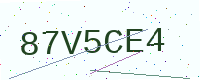
Text: 87V5CE4